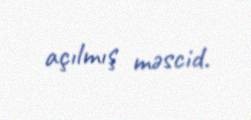
açılmış məscid.